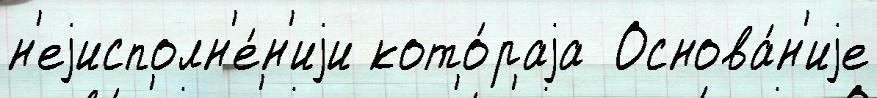
н'еjисполн'е́н'иjи кото́раjа  Основа́н'иjе